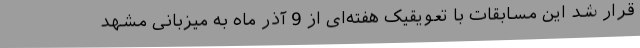
قرار شد این مسابقات با تعویقیک هفته‌ای از 9 آذر ماه به میزبانی مشهد